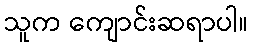
သူက ကျောင်းဆရာပါ။